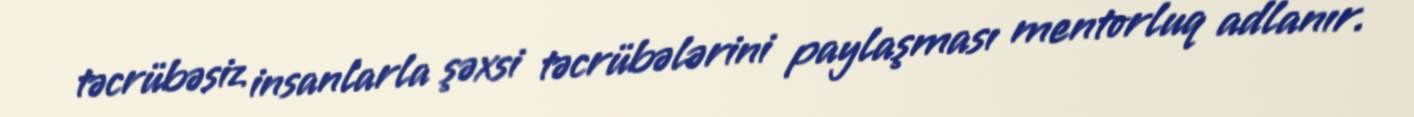
təcrübəsiz insanlarla şəxsi təcrübələrini paylaşması mentorluq adlanır.